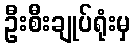
ဦးစီးချုပ်ရုံးမှ